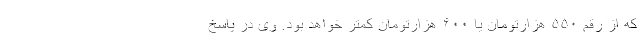
که از رقم ۵۵۰ هزارتومان یا ۶۰۰ هزارتومان کمتر خواهد بود. وی در پاسخ